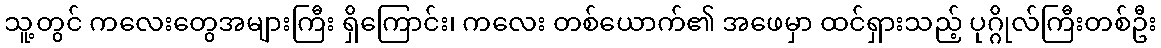
သူ့တွင် ကလေးတွေအများကြီး ရှိကြောင်း၊ ကလေး တစ်ယောက်၏ အဖေမှာ ထင်ရှားသည့် ပုဂ္ဂိုလ်ကြီးတစ်ဦး